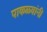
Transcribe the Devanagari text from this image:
पाकळ्यांनी